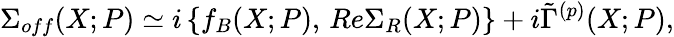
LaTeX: \Sigma_{off}(X;P)\simeq i\left\{ f_{B}(X;P),\, Re\Sigma_{R}(X;P)\right\} +i\tilde{\Gamma}^{(p)}(X;P),